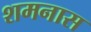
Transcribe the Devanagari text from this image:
शमनास